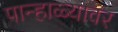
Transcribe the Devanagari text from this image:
पान्हाळ्यावर